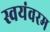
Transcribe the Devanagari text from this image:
स्वयंवरम